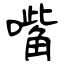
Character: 嘴